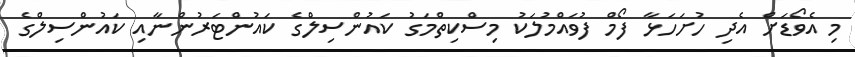
މި އެވޯޑަށް އެދި ހުށަހަޅާ ފޯމް ފުވައްމުލަކު މިސްކިތްމަގު ކައުންސިލްގެ ކައުންޓަރުންނާއި ކައުންސިލްގެ